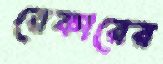
রেকারের